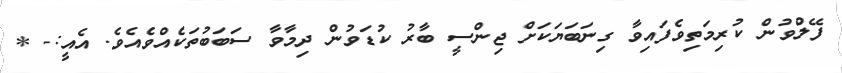
ފޭލްވުން ކުރިމަތިވެފައިވާ ގިނަބަޔަކަށް ޖިންސީ ބާރު ކުޑަވުން ދިމާވާ ސަބަބުތަކެއްވެއެވެ. އެއީ:- *